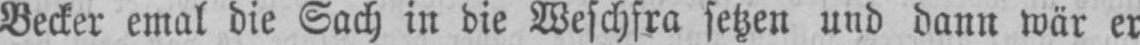
Becker emal die Sach in die Weschfra setzen und dann wär er